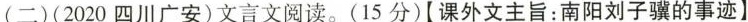
(二)(2020四川广安)文言文阅读。(15分)[课外文主旨：南阳刘子骥的事迹】